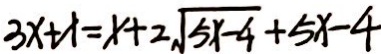
3 x + x = x + 2 \sqrt { 5 x - 4 } + 5 x - 4